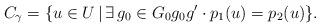
LaTeX: \begin{gather*} C_\gamma = \{ u \in U \, | \, \exists\, g_0 \in G_0 g_0 g' \cdot p_1(u) = p_2(u) \} .\end{gather*}